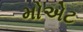
મોએટ